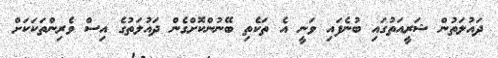
ދައުލަތުން ޝަރީއަތުގައި ބުނެފައި ވަނީ އެ ތަކެތި ބޭނުންކޮށްގެން ދައުލަތުގެ އިސް ވެރިންތަކަކަށް